Leaving Certificate Examination, 1923
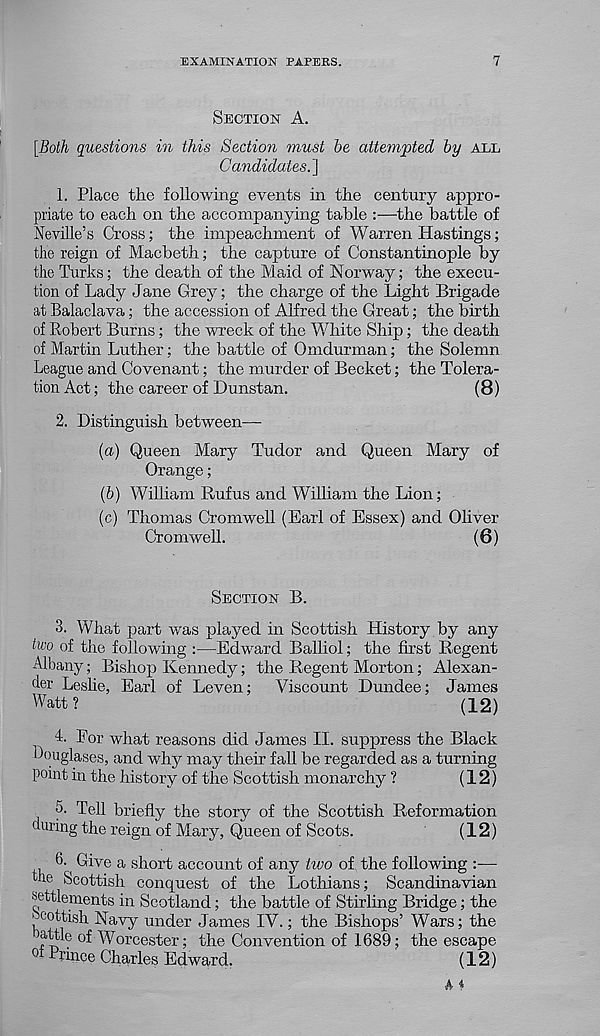
EXAMINATION PAPERS.
7
SECTION A.
[Both questions in this Section must be attempted by ALL
Candidates.']
1. Place the following events in the century appro-
priate to each on the accompanying table :—the battle of
Neville’s Cross; the impeachment of Warren Hastings;
the reign of Macbeth; the capture of Constantinople by
the Turks; the death of the Maid of Norway; the execu-
tion of Lady Jane Grey; the charge of the Light Brigade
at Balaclava; the accession of Alfred the Great; the birth
of Robert Burns; the wreck of the White Ship; the death
of Martin Luther; the battle of Omdurman; the Solemn
League and Covenant; the murder of Becket; the Tolera-
tion Act; the career of Dunstan.
(8)
2. Distinguish between—
(а) Queen Mary Tudor and Queen Mary of
Orange;
(б) William Rufus and William the Lion;
(c) Thomas Cromwell (Earl of Essex) and Oliver
Cromwell.
(6)
SECTION B.
3.
What part was played in Scottish History by a
two of the following :—Edward Balliol; the first Regent
Albany; Bishop Kennedy; the Regent Morton; Alexan-
der Leslie, Earl of Leven; Viscount Dundee; James
Watt?
(12)
L Eor what reasons did James II. suppress the Black
Douglases, and why may their fall be regarded as a turning
point in the history of the Scottish monarchy ?
(12)
5. Tell briefly the story of the Scottish Reformation
during the reign of Mary, Queen of Scots.
(12)
6. Give a short account of any two of the following :—
tle Scottish conquest of the Lothians; Scandinavian
settlements in Scotland; the battle of Stirling Bridge; the
' cottish Navy under James IV.; the Bishops’ Wars; the
attle of Worcester; the Convention of 1689; the escape
oi Prmce Charles Edward.
(12)